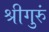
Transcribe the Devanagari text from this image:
श्रीगुरुं